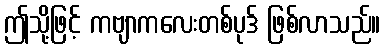
ဤသို့ဖြင့် ကဗျာကလေးတစ်ပုဒ် ဖြစ်လာသည်။